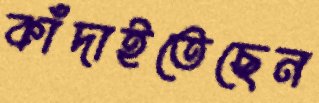
কাঁদাইতেছেন